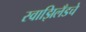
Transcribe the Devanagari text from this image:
स्वाझिलँडचे